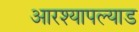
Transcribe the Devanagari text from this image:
आरश्यापल्याड